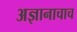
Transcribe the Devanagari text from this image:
अज्ञानाचाच